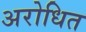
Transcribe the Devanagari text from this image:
अरोधित